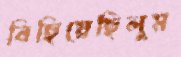
বিছিয়েছিলুম